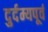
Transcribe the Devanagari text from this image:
दुर्दम्यपूर्व